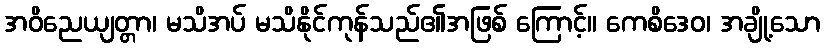
အဝိညေယျတ္တာ၊ မသိအပ် မသိနိုင်ကုန်သည်၏အဖြစ် ကြောင့်။ ကေစိဒေဝ၊ အချို့သော